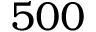
5 0 0